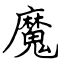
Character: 魔